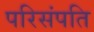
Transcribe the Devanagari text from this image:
परिसंपति